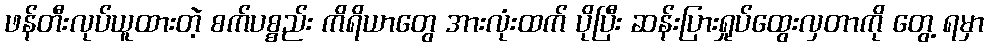
ဖန်တီးလုပ်ယူထားတဲ့ စက်ပစ္စည်း ကိရိယာတွေ အားလုံးထက် ပိုပြီး ဆန်းပြားရှုပ်ထွေးလှတာကို တွေ့ ရမှာ